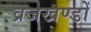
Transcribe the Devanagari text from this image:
व्रजखण्डों